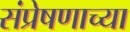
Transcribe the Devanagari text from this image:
संप्रेषणाच्या